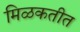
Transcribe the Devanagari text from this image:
मिळकतीत